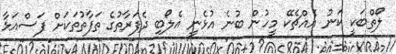
ލޯތްބަކީ ކަނު އެއްޗެކޭ މީހުން ބުނެ އުޅެނީ އެލޯބި ދެފަރާތުގެ ތަފާތުތަކަށް ފަސްއަޅާ